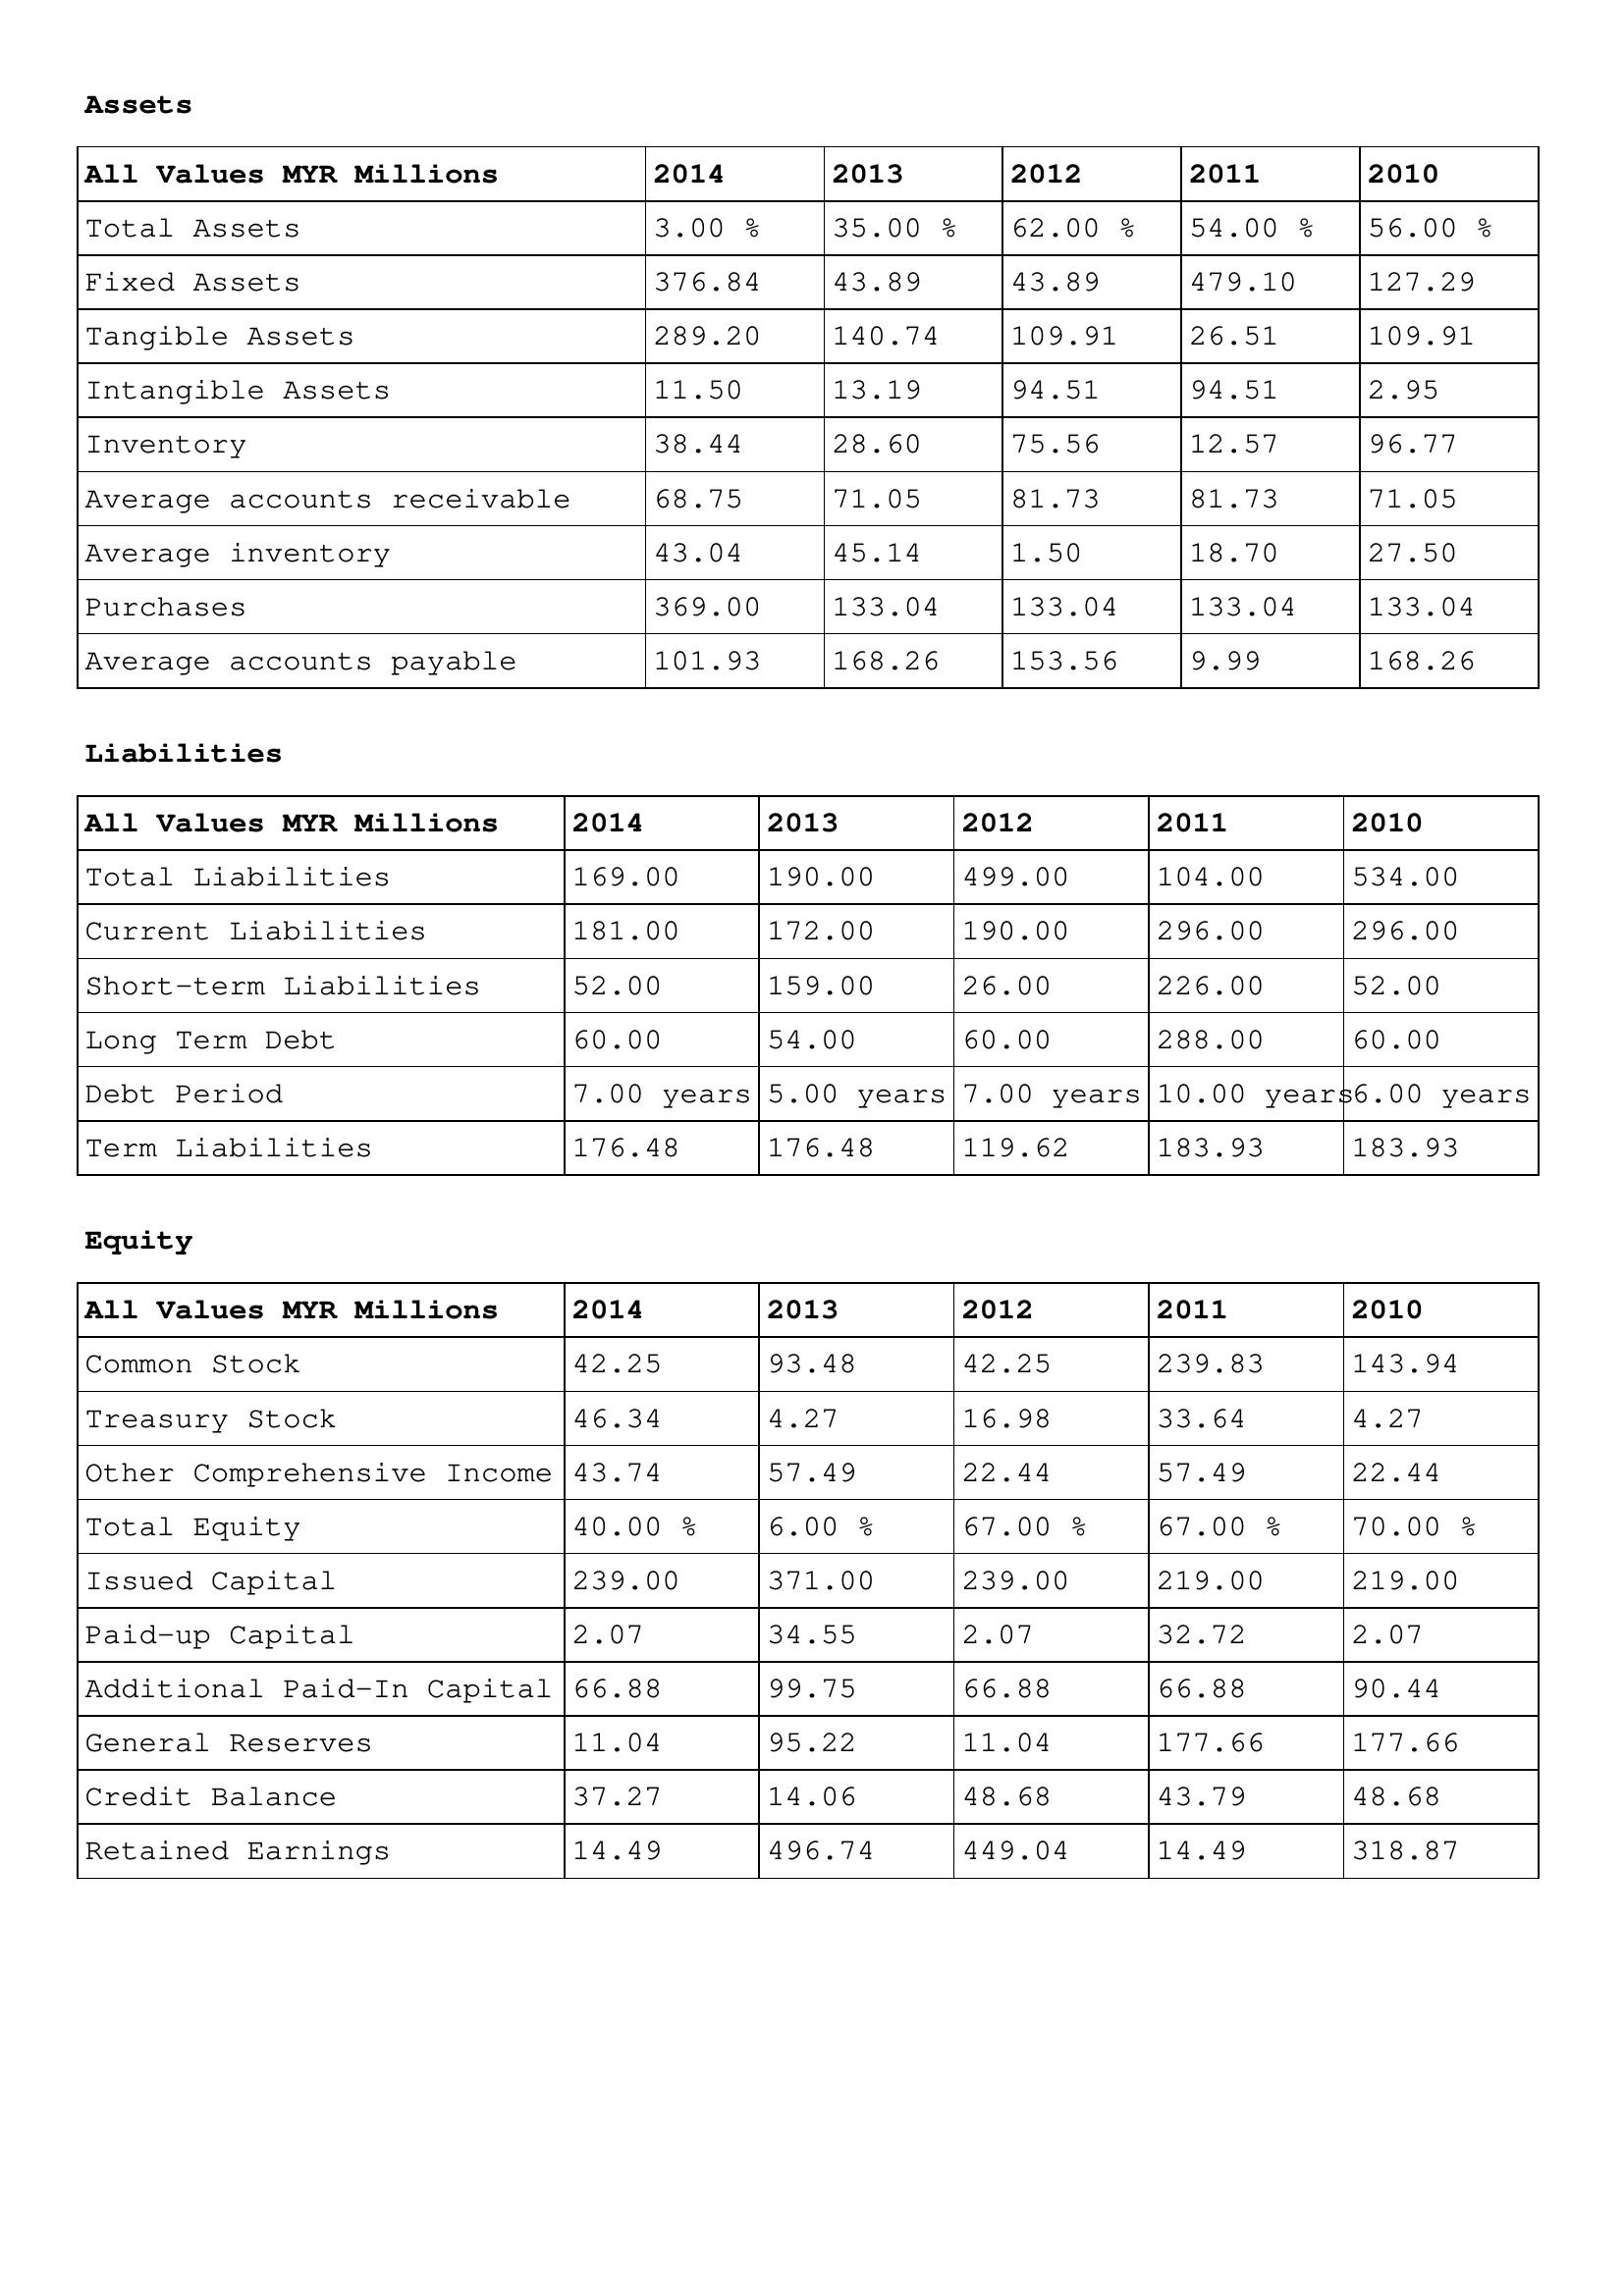
gt_parse: 2014: Assets: Total Assets: 3.00 %
Fixed Assets: 376.84
Tangible Assets: 289.20
Intangible Assets: 11.50
Inventory: 38.44
Average accounts receivable: 68.75
Average inventory: 43.04
Purchases: 369.00
Average accounts payable: 101.93
Liabilities: Total Liabilities: 169.00
Current Liabilities: 181.00
Short-term Liabilities: 52.00
Long Term Debt: 60.00
Debt Period: 7.00 years
Term Liabilities: 176.48
Equity: Common Stock: 42.25
Treasury Stock: 46.34
Other Comprehensive Income: 43.74
Total Equity: 40.00 %
Issued Capital: 239.00
Paid-up Capital: 2.07
Additional Paid-In Capital: 66.88
General Reserves: 11.04
Credit Balance: 37.27
Retained Earnings: 14.49
2013: Assets: Total Assets: 35.00 %
Fixed Assets: 43.89
Tangible Assets: 140.74
Intangible Assets: 13.19
Inventory: 28.60
Average accounts receivable: 71.05
Average inventory: 45.14
Purchases: 133.04
Average accounts payable: 168.26
Liabilities: Total Liabilities: 190.00
Current Liabilities: 172.00
Short-term Liabilities: 159.00
Long Term Debt: 54.00
Debt Period: 5.00 years
Term Liabilities: 176.48
Equity: Common Stock: 93.48
Treasury Stock: 4.27
Other Comprehensive Income: 57.49
Total Equity: 6.00 %
Issued Capital: 371.00
Paid-up Capital: 34.55
Additional Paid-In Capital: 99.75
General Reserves: 95.22
Credit Balance: 14.06
Retained Earnings: 496.74
2012: Assets: Total Assets: 62.00 %
Fixed Assets: 43.89
Tangible Assets: 109.91
Intangible Assets: 94.51
Inventory: 75.56
Average accounts receivable: 81.73
Average inventory: 1.50
Purchases: 133.04
Average accounts payable: 153.56
Liabilities: Total Liabilities: 499.00
Current Liabilities: 190.00
Short-term Liabilities: 26.00
Long Term Debt: 60.00
Debt Period: 7.00 years
Term Liabilities: 119.62
Equity: Common Stock: 42.25
Treasury Stock: 16.98
Other Comprehensive Income: 22.44
Total Equity: 67.00 %
Issued Capital: 239.00
Paid-up Capital: 2.07
Additional Paid-In Capital: 66.88
General Reserves: 11.04
Credit Balance: 48.68
Retained Earnings: 449.04
2011: Assets: Total Assets: 54.00 %
Fixed Assets: 479.10
Tangible Assets: 26.51
Intangible Assets: 94.51
Inventory: 12.57
Average accounts receivable: 81.73
Average inventory: 18.70
Purchases: 133.04
Average accounts payable: 9.99
Liabilities: Total Liabilities: 104.00
Current Liabilities: 296.00
Short-term Liabilities: 226.00
Long Term Debt: 288.00
Debt Period: 10.00 years
Term Liabilities: 183.93
Equity: Common Stock: 239.83
Treasury Stock: 33.64
Other Comprehensive Income: 57.49
Total Equity: 67.00 %
Issued Capital: 219.00
Paid-up Capital: 32.72
Additional Paid-In Capital: 66.88
General Reserves: 177.66
Credit Balance: 43.79
Retained Earnings: 14.49
2010: Assets: Total Assets: 56.00 %
Fixed Assets: 127.29
Tangible Assets: 109.91
Intangible Assets: 2.95
Inventory: 96.77
Average accounts receivable: 71.05
Average inventory: 27.50
Purchases: 133.04
Average accounts payable: 168.26
Liabilities: Total Liabilities: 534.00
Current Liabilities: 296.00
Short-term Liabilities: 52.00
Long Term Debt: 60.00
Debt Period: 6.00 years
Term Liabilities: 183.93
Equity: Common Stock: 143.94
Treasury Stock: 4.27
Other Comprehensive Income: 22.44
Total Equity: 70.00 %
Issued Capital: 219.00
Paid-up Capital: 2.07
Additional Paid-In Capital: 90.44
General Reserves: 177.66
Credit Balance: 48.68
Retained Earnings: 318.87